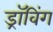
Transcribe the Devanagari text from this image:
ड्रॉविंग